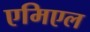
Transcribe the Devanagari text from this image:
एमिएल